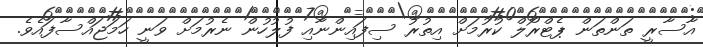
އާސާރީ ތަންތަން ޕެޓްރޯލް ކުރުމަށް އިތުރު ސިފައިންނާއި ފުލުހުން ނެރުމަށް ވަނީ ހަމަޖައްސާފައެވެ.